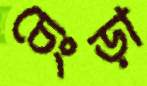
চেংড়া